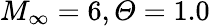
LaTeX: M_{\infty}=6,\mathit{\Theta}=1.0